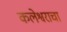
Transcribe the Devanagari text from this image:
कलेश्वराचा